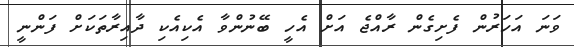
ވަނަ އަހަރުން ފެށިގެން ރާއްޖެ އަށް އެހީ ބޭނުންވާ އެކިއެކި ދާއިރާތަކަށް ފަންނީ